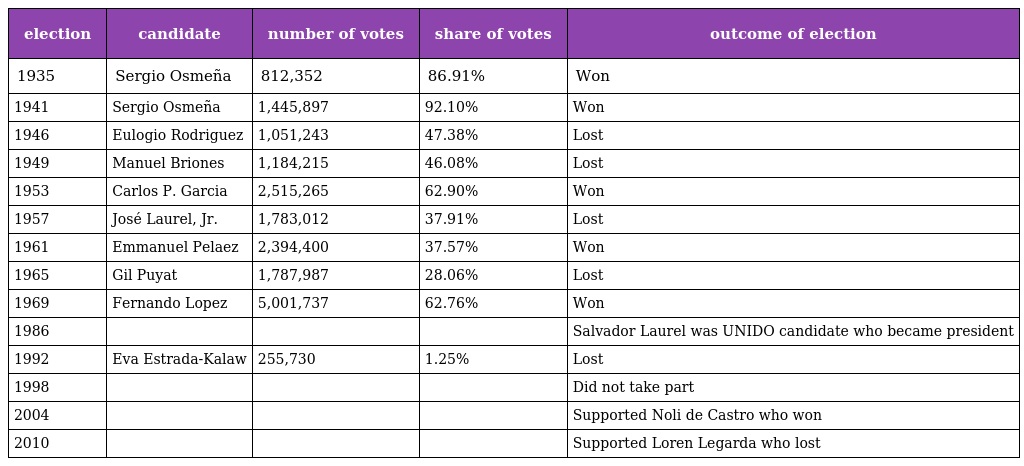
| election | candidate | number of votes | share of votes | outcome of election |
 | --- | --- | --- | --- | --- |
 | 1935 | Sergio Osmeña | 812,352 | 86.91% | Won |
 | 1941 | Sergio Osmeña | 1,445,897 | 92.10% | Won |
 | 1946 | Eulogio Rodriguez | 1,051,243 | 47.38% | Lost |
 | 1949 | Manuel Briones | 1,184,215 | 46.08% | Lost |
 | 1953 | Carlos P. Garcia | 2,515,265 | 62.90% | Won |
 | 1957 | José Laurel, Jr. | 1,783,012 | 37.91% | Lost |
 | 1961 | Emmanuel Pelaez | 2,394,400 | 37.57% | Won |
 | 1965 | Gil Puyat | 1,787,987 | 28.06% | Lost |
 | 1969 | Fernando Lopez | 5,001,737 | 62.76% | Won |
 | 1986 |  |  |  | Salvador Laurel was UNIDO candidate who became president |
 | 1992 | Eva Estrada-Kalaw | 255,730 | 1.25% | Lost |
 | 1998 |  |  |  | Did not take part |
 | 2004 |  |  |  | Supported Noli de Castro who won |
 | 2010 |  |  |  | Supported Loren Legarda who lost |